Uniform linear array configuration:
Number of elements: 4
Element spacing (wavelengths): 0.5
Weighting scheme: uniform
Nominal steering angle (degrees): -30
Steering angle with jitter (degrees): -28.733
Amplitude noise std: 0.05
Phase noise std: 0.05

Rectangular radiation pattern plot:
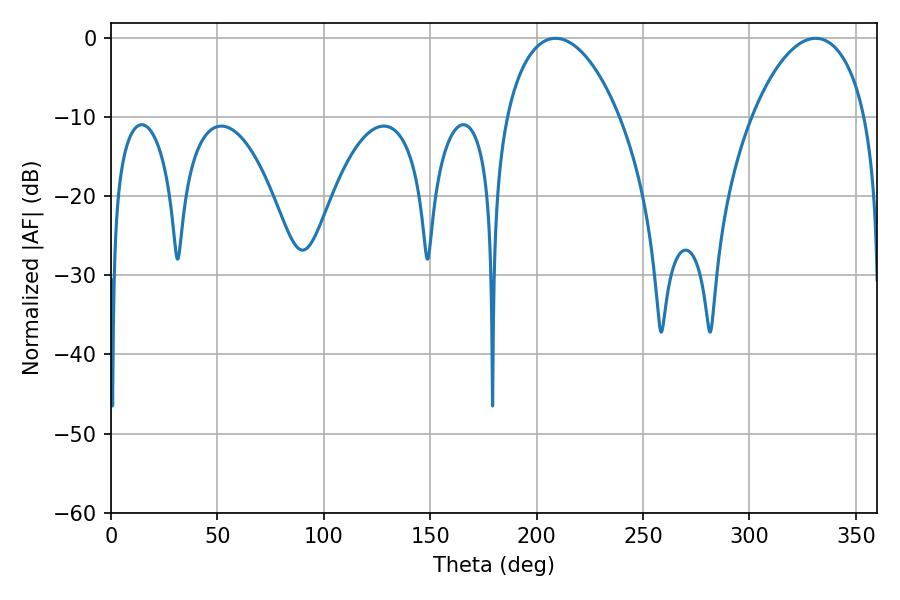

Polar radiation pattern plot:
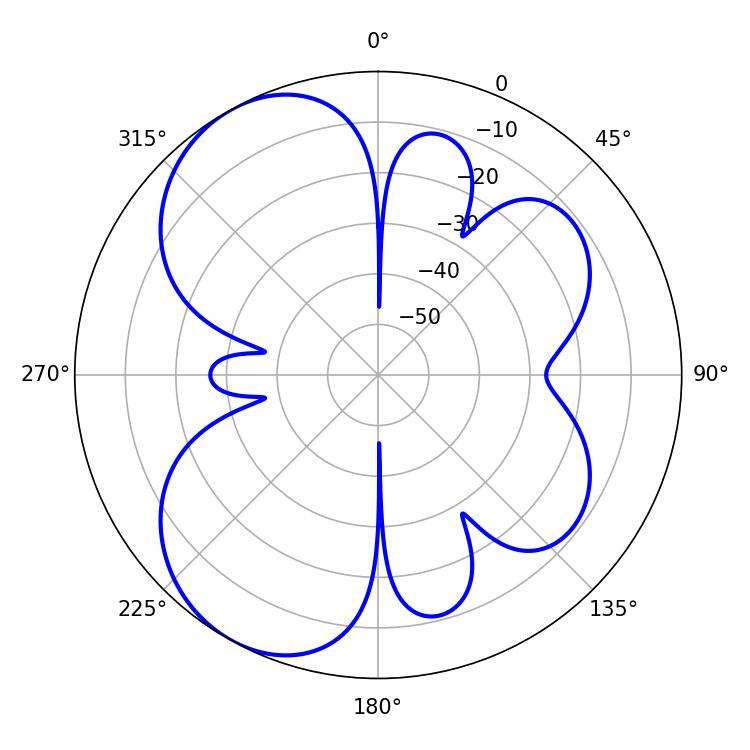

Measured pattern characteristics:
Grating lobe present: FALSE
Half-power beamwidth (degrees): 30.24
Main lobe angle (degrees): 208.8